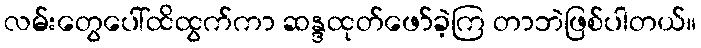
လမ်းတွေပေါ်ထိထွက်ကာ ဆန္ဒထုတ်ဖော်ခဲ့ကြ တာဘဲဖြစ်ပါတယ်။